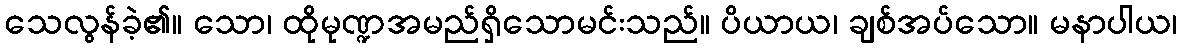
သေလွန်ခဲ့၏။ သော၊ ထိုမုဏ္ဍအမည်ရှိသောမင်းသည်။ ပိယာယ၊ ချစ်အပ်သော။ မနာပါယ၊